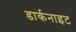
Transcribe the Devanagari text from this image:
डार्कनाइट